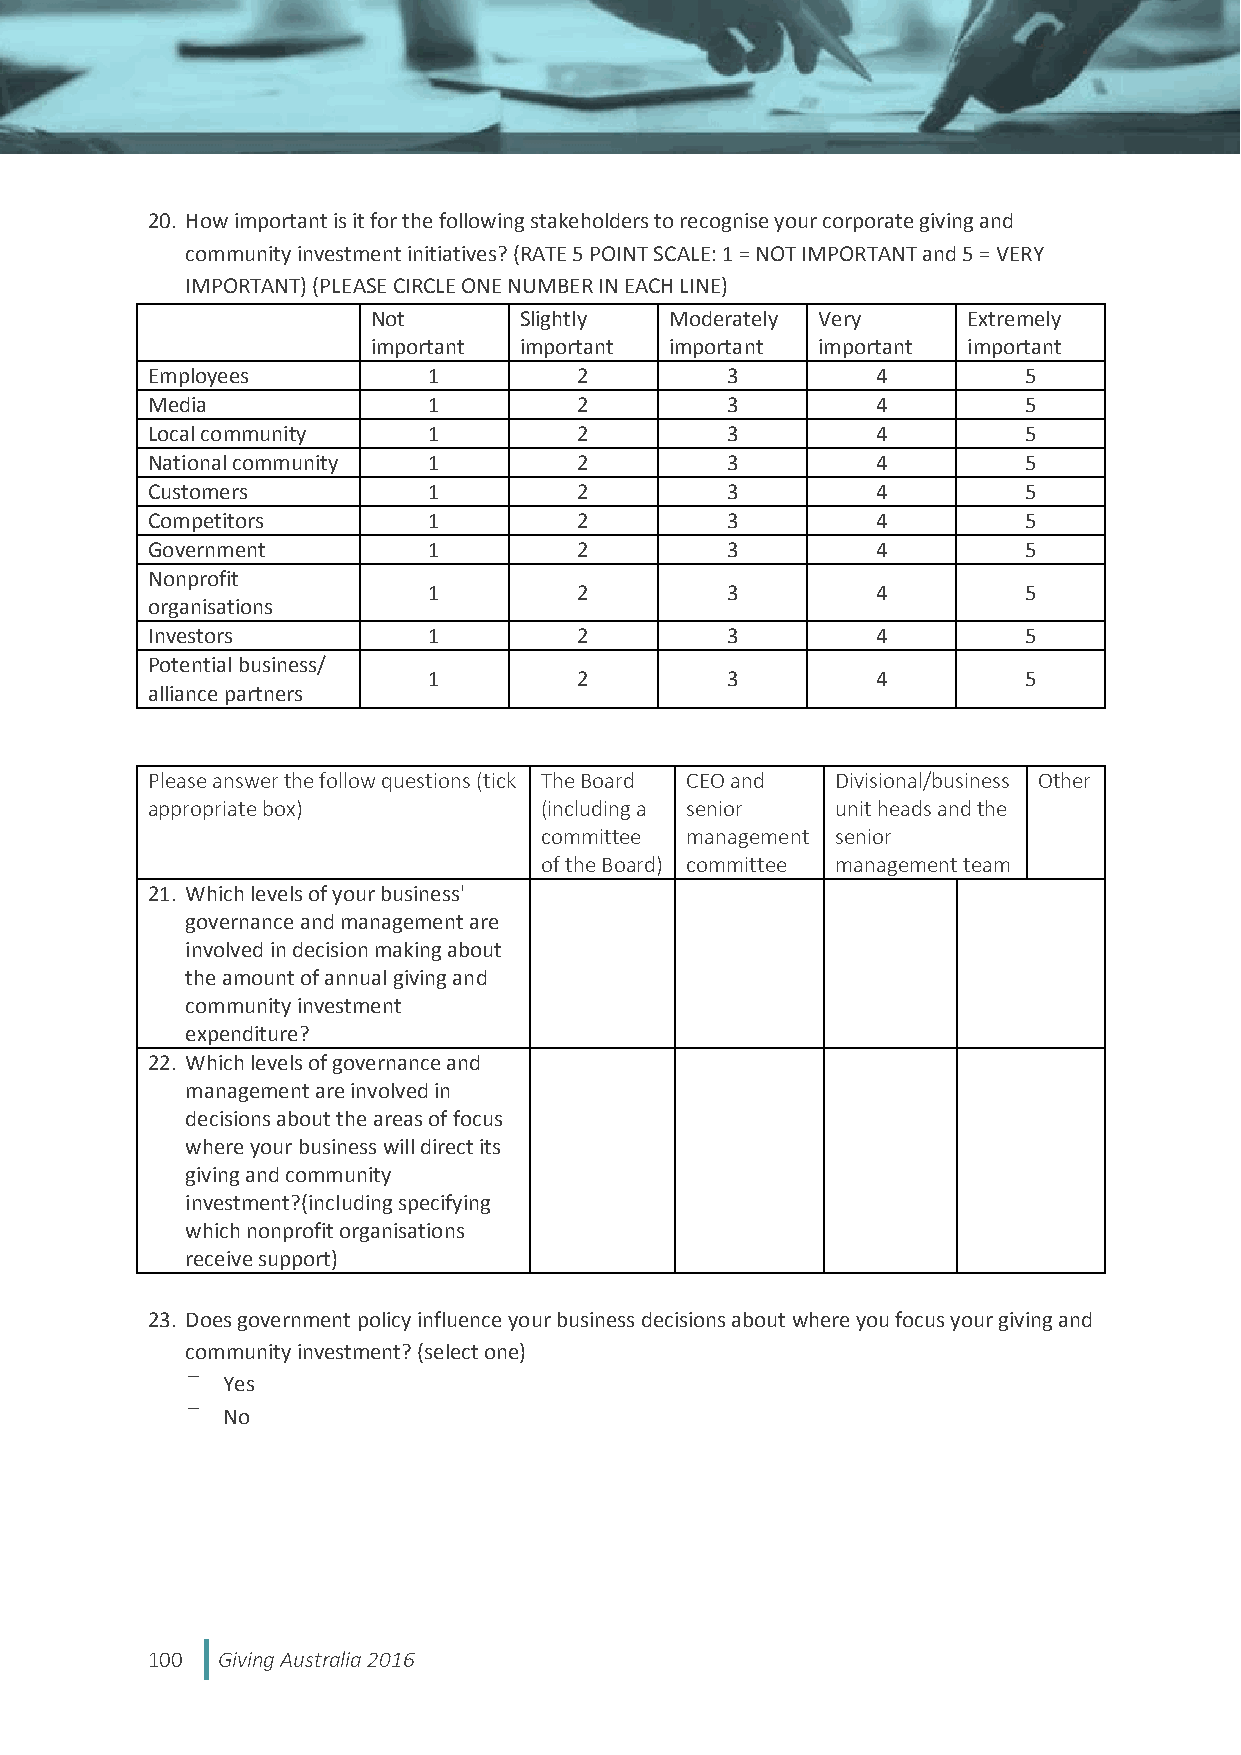
20. How important is it for the following stakeholders to recognise your corporate giving and
 community investment initiatives? (RATE 5 POINT SCALE: 1 = NOT IMPORTANT and 5 = VERY
 IMPORTANT) (PLEASE CIRCLE ONE NUMBER IN EACH LINE)
 Not      Slightly  Moderately Very     Extremely
 important important important important important
 Employees         1         2         3         4         5
 Media             1         2         3         4         5
 Local community   1         2         3         4         5
 National community 1        2         3         4         5
 Customers         1         2         3         4         5
 Competitors       1         2         3         4         5
 Government        1         2         3         4         5
 Nonprofit
 1         2         3         4         5
 organisations
 Investors         1         2         3         4         5
 Potential business/
 1         2         3         4         5
 alliance partners
 Please answer the follow questions (tick The Board CEO and Divisional/business Other
 appropriate box)          (including a senior unit heads and the
 committee management senior
 of the Board) committee management team
 21. Which levels of your business'
 governance and management are
 involved in decision making about
 the amount of annual giving and
 community investment
 expenditure?
 22. Which levels of governance and
 management are involved in
 decisions about the areas of focus
 where your business will direct its
 giving and community
 investment?(including specifying
 which nonprofit organisations
 receive support)
 23. Does government policy influence your business decisions about where you focus your giving and
 community investment? (select one)
 Yes
 No
 100 Giving Australia 2016